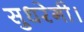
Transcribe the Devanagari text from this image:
सुधरेगी।